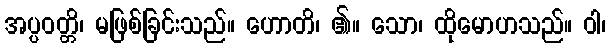
အပ္ပဝတ္တိ၊ မဖြစ်ခြင်းသည်။ ဟောတိ၊ ၏။ သော၊ ထိုမောဟသည်။ ဝါ၊